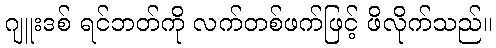
ဂျူးဒစ် ရင်ဘတ်ကို လက်တစ်ဖက်ဖြင့် ဖိလိုက်သည်။